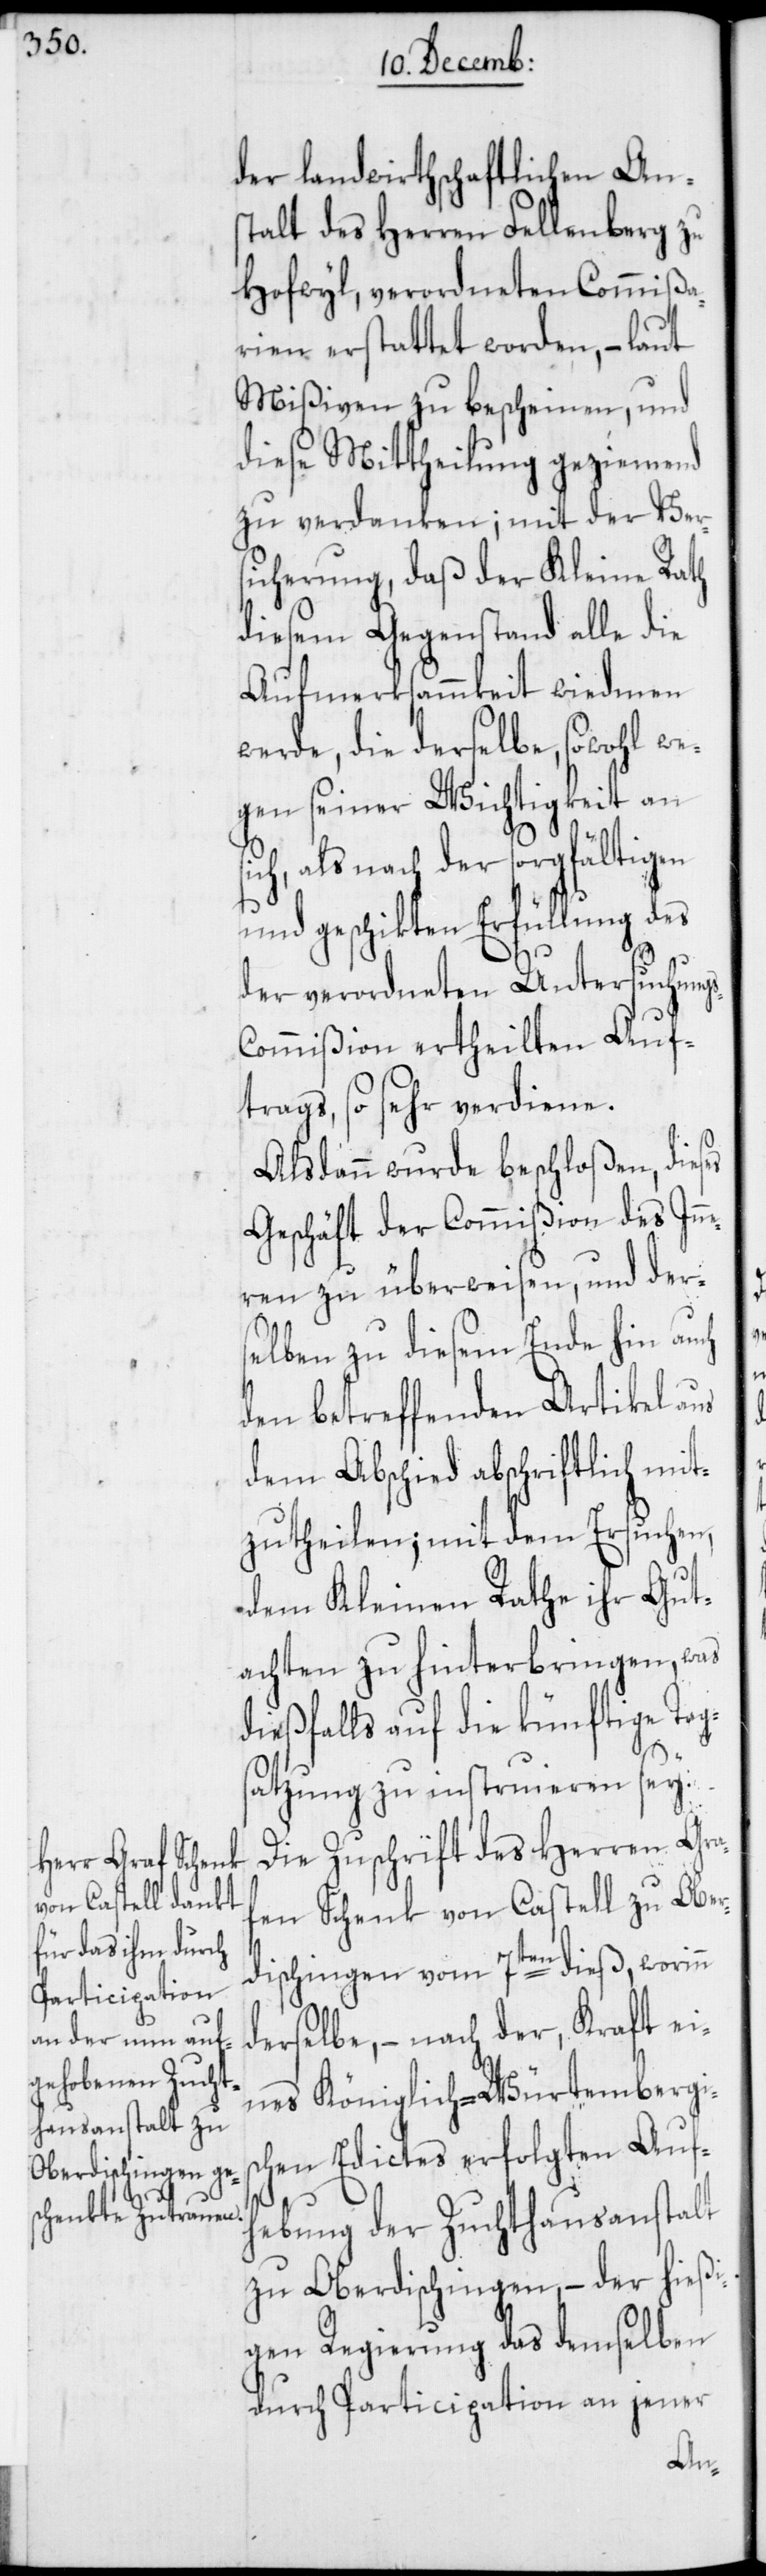
der landwirthschaftlichen Ans¬
talt des Herren Fellenberg zu
Hofwyl, verordneten Commißa¬
rien erstattet worden, – laut
Mißiven zu bescheinen, und
diese Mittheilung geziemend
zu verdanken; mit der Ver¬
sicherung, daß der Kleine Rath
diesem Gegenstand alle die
Aufmerksammkeit wiedmen
werde, die derselbe, sowohl we¬
gen seiner Wichtigkeit an
sich, als nach der sorgfältigen
und geschikten Erfüllung des
der verordneten Untersuchung¬
ommißion ertheilten Auf¬
trags, so sehr verdiene.
Alsdann wurde beschloßen, dieses
Geschäft der Commißion des Inn¬
eren zu überweisen, und der¬
selben zu diesem Ende hin auch
den betreffenden Artikel aus
dem Abschied abschriftlich mit¬
zutheilen; mit dem Ersuchen,
dem Kleinen Rathe ihr Gut¬
achten zu hinterbringen, was
dießfalls auf die künftige Tag¬
satzung zu instruieren sey.
Die Zuschrift des Herren Graf¬
en Schenk von Castell zu Ober¬
dischingen vom 7ten dieß, worinn
derselbe, – nach der, Kraft ei¬
nes Königlich-Würtembergis¬
chen Edictes erfolgten Auf¬
hebung der Zuchthausanstalt
zu Oberdischingen, – der hießi¬
gen Regierung das demselben
durch Participation an jener
s-C¬